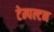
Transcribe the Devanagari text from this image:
टेम्पल्टन